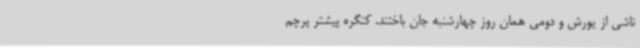
ناشی از یورش و دومی همان روز چهارشنبه جان باختند. کنگره پیشتر پرچم